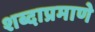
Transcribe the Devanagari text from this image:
शब्दाप्रमाणे